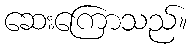
ဆေးကြောသည်။